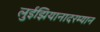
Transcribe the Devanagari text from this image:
लुईझियानादरम्यान